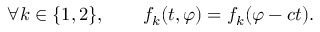
\forall k \in \{ 1 , 2 \} , \qquad f _ { k } ( t , \varphi ) = f _ { k } ( \varphi - c t ) .